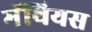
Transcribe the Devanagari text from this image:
मॅथियस